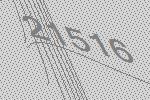
21516